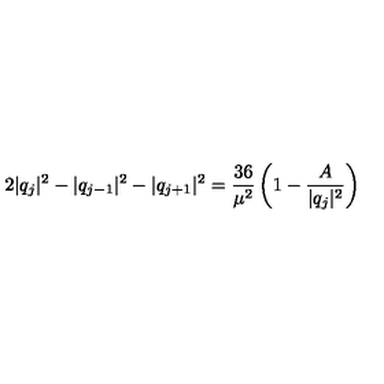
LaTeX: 2 | q _ { j } | ^ { 2 } - | q _ { j - 1 } | ^ { 2 } - | q _ { j + 1 } | ^ { 2 } = { \frac { 3 6 } { \mu ^ { 2 } } } \left( 1 - { \frac { A } { | q _ { j } | ^ { 2 } } } \right)